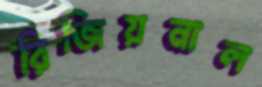
রিজিয়নাল